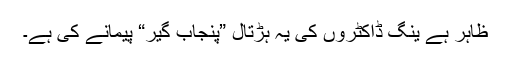
ظاہر ہے ینگ ڈاکٹروں کی یہ ہڑتال ”پنجاب گیر“ پیمانے کی ہے۔